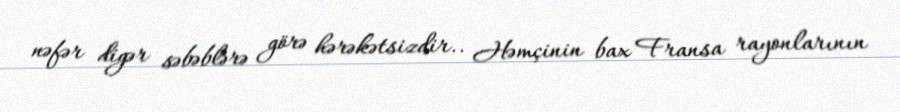
nəfər digər səbəblərə görə hərəkətsizdir.. Həmçinin bax Fransa rayonlarının